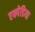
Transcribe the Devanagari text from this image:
एक्ष्पेडिया